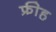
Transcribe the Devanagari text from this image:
फ्रीह